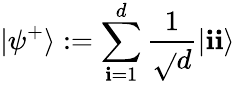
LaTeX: |\psi^{+}\rangle:=\sum_{\mathbf{i}=1}^{d}\frac{{1}}{{\sqrt{}{{d}}}}|\mathbf{i}\mathbf{i}\rangle